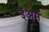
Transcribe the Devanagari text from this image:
ईअर्स